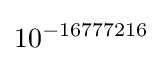
10^{-16777216}